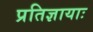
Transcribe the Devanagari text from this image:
प्रतिज्ञायाः